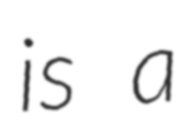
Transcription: is a